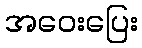
အဝေးပြေး